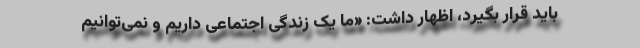
باید قرار بگیرد، اظهار داشت: «ما یک زندگی اجتماعی داریم و نمی‌توانیم